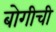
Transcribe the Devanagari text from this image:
बोगीची